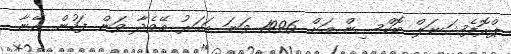
ޕްރޮފެޝަނަލް ބޮކްސިން އަށް 1996 ވަނަ އަހަރު މޭވެދާ ވަން ފަހުން އޭނާ